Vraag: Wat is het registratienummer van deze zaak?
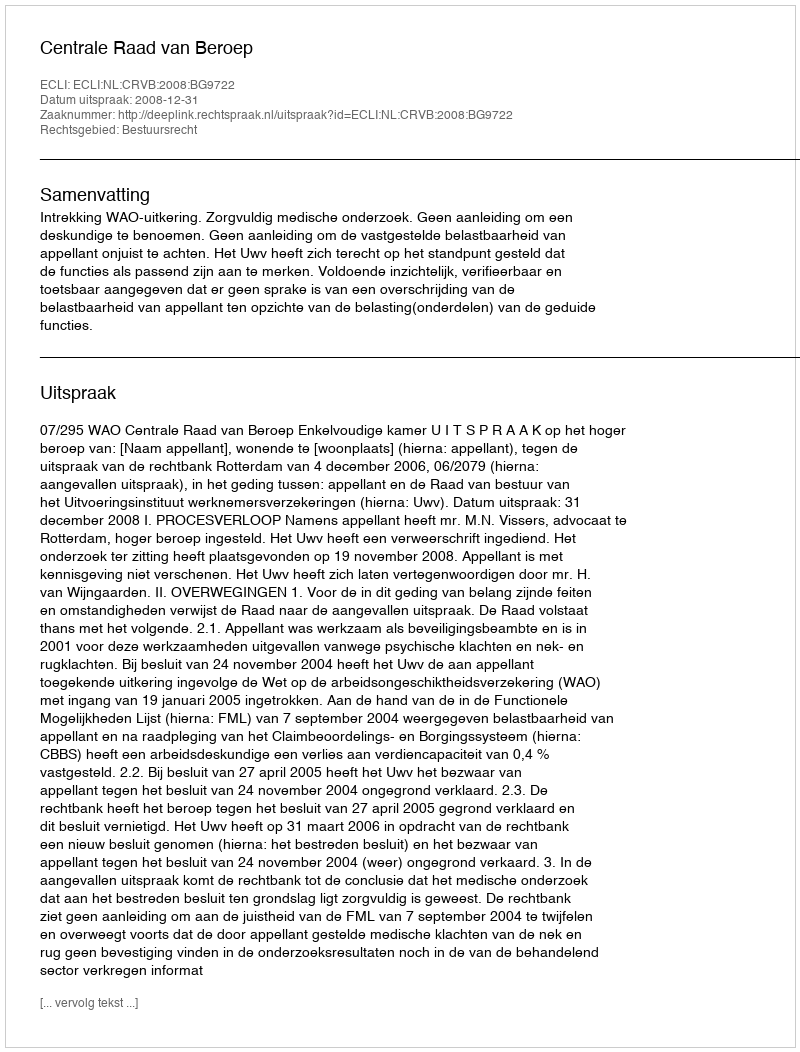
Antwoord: http://deeplink.rechtspraak.nl/uitspraak?id=ECLI:NL:CRVB:2008:BG9722